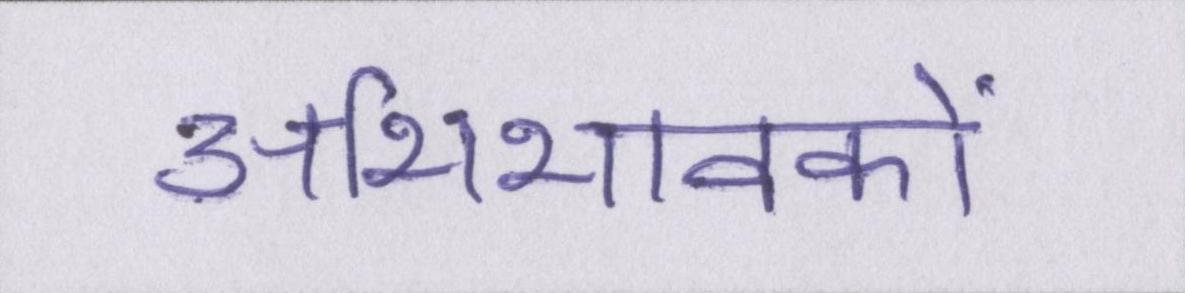
अभिभावकों